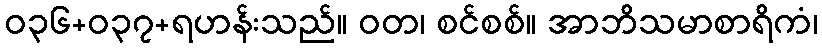
ဝ၃၆+၀၃၇+ရဟန်းသည်။ ဝတ၊ စင်စစ်။ အာဘိသမာစာရိကံ၊